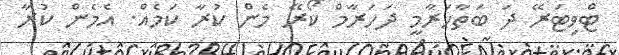
ޓްވިޓަރޭ ދަ ބަތާހަރާމީ ދަހަރާމް ކޯރޭ މެން ކުރާ ކަމެއް. އެމެން ކުރާ